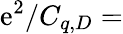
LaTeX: \mathrm{e}^{2}/C_{q,D}=